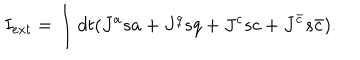
I _ { e x t } = \int d t ( J ^ { a } s a + J ^ { q } s q + J ^ { c } s c + J ^ { { \bar { c } } } s { \bar { c } } ) .